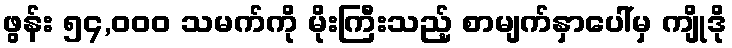
ဖွန်း ၅၄,၀၀၀ သမက်ကို မိုးကြီးသည့် စာမျက်နှာပေါ်မှ ကျိုဒို